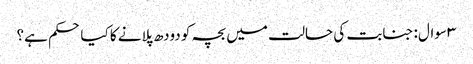
۳ سوال: جنابت کی حالت میں بچہ کو دودھ پلانے کا کیا حکم ہے؟